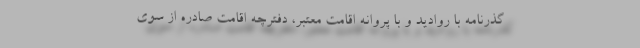
گذرنامه با روادید و با پروانه اقامت معتبر، دفترچه اقامت صادره از سوی